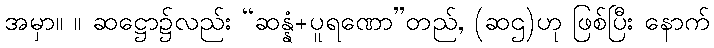
အမှာ။ ။ ဆဋ္ဌော၌လည်း “ဆန္နံ+ပူရဏော”တည်, (ဆဌ)ဟု ဖြစ်ပြီး နောက်